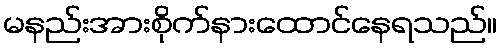
မနည်းအားစိုက်နားထောင်နေရသည်။